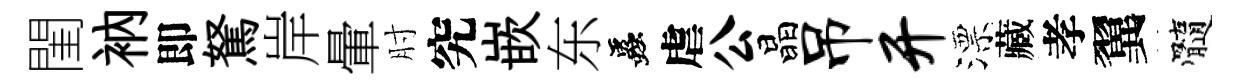
閨衲即駑岸暈肘究嵌东蟲虐公晶吊开漂藏孝翼髓